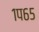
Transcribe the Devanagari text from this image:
१प६५